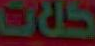
كلات